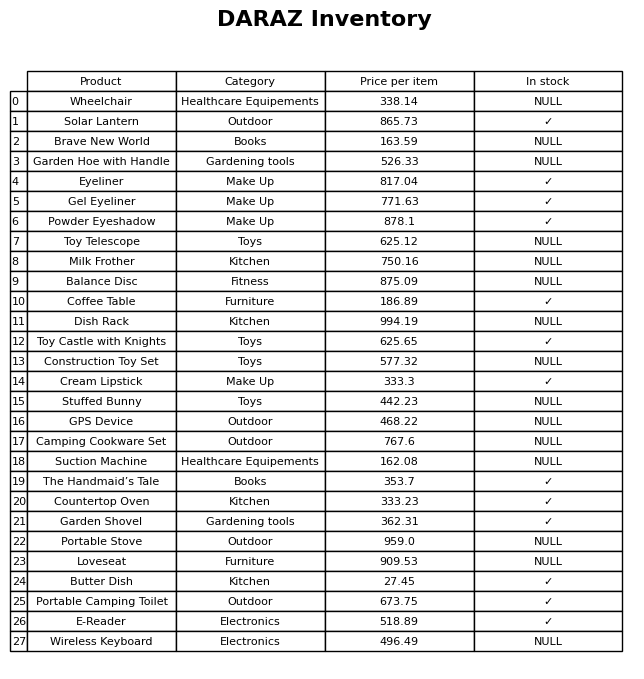
question: What is the price for Toy Telescope?
answer: The price of Toy Telescope is 625.12.